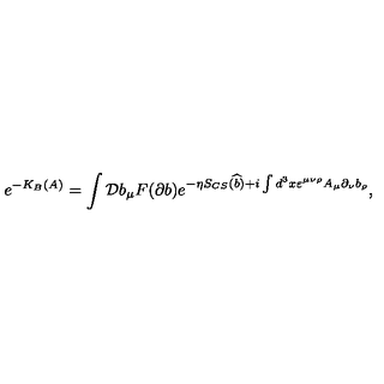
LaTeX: e ^ { - K _ { B } ( A ) } = \int { \cal D } b _ { \mu } F ( \partial b ) e ^ { - \eta S _ { C S } ( \widehat { b } ) + i \int d ^ { 3 } x \varepsilon ^ { \mu \nu \rho } A _ { \mu } \partial _ { \nu } b _ { \rho } } ,